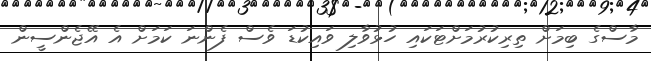
މާސްގެ ބިމަށް ތިރިކުރުމަށްޓަކައި ހުޅުވާލި ވައިކުޑަ ވެސް ފެންނަ ކަމަށް އެ އޭޖެންސީން